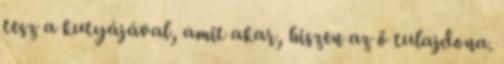
tesz a kutyájával, amit akar, hiszen az ő tulajdona.